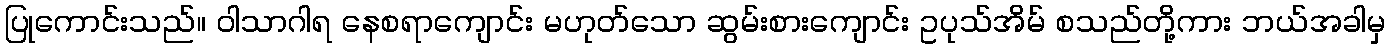
ပြုကောင်းသည်။ ဝါသာဂါရ နေစရာကျောင်း မဟုတ်သော ဆွမ်းစားကျောင်း ဥပုသ်အိမ် စသည်တို့ကား ဘယ်အခါမှ